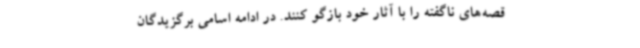
قصه‌های ناگفته را با آثار خود بازگو کنند. در ادامه اسامی برگزیدگان